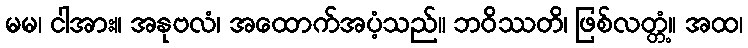
မမ၊ ငါအား။ အနုဗလံ၊ အထောက်အပံ့သည်။ ဘဝိဿတိ၊ ဖြစ်လတ္တံ့။ အထ၊